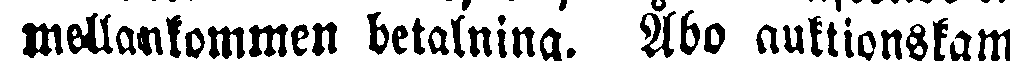
mollankommen betalning. Åbo auktionskam